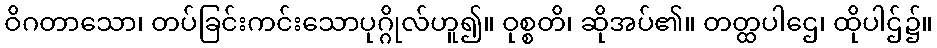
ဝိဂတာသော၊ တပ်ခြင်းကင်းသောပုဂ္ဂိုလ်ဟူ၍။ ဝုစ္စတိ၊ ဆိုအပ်၏။ တတ္ထပါဌေ၊ ထိုပါဌ်၌။